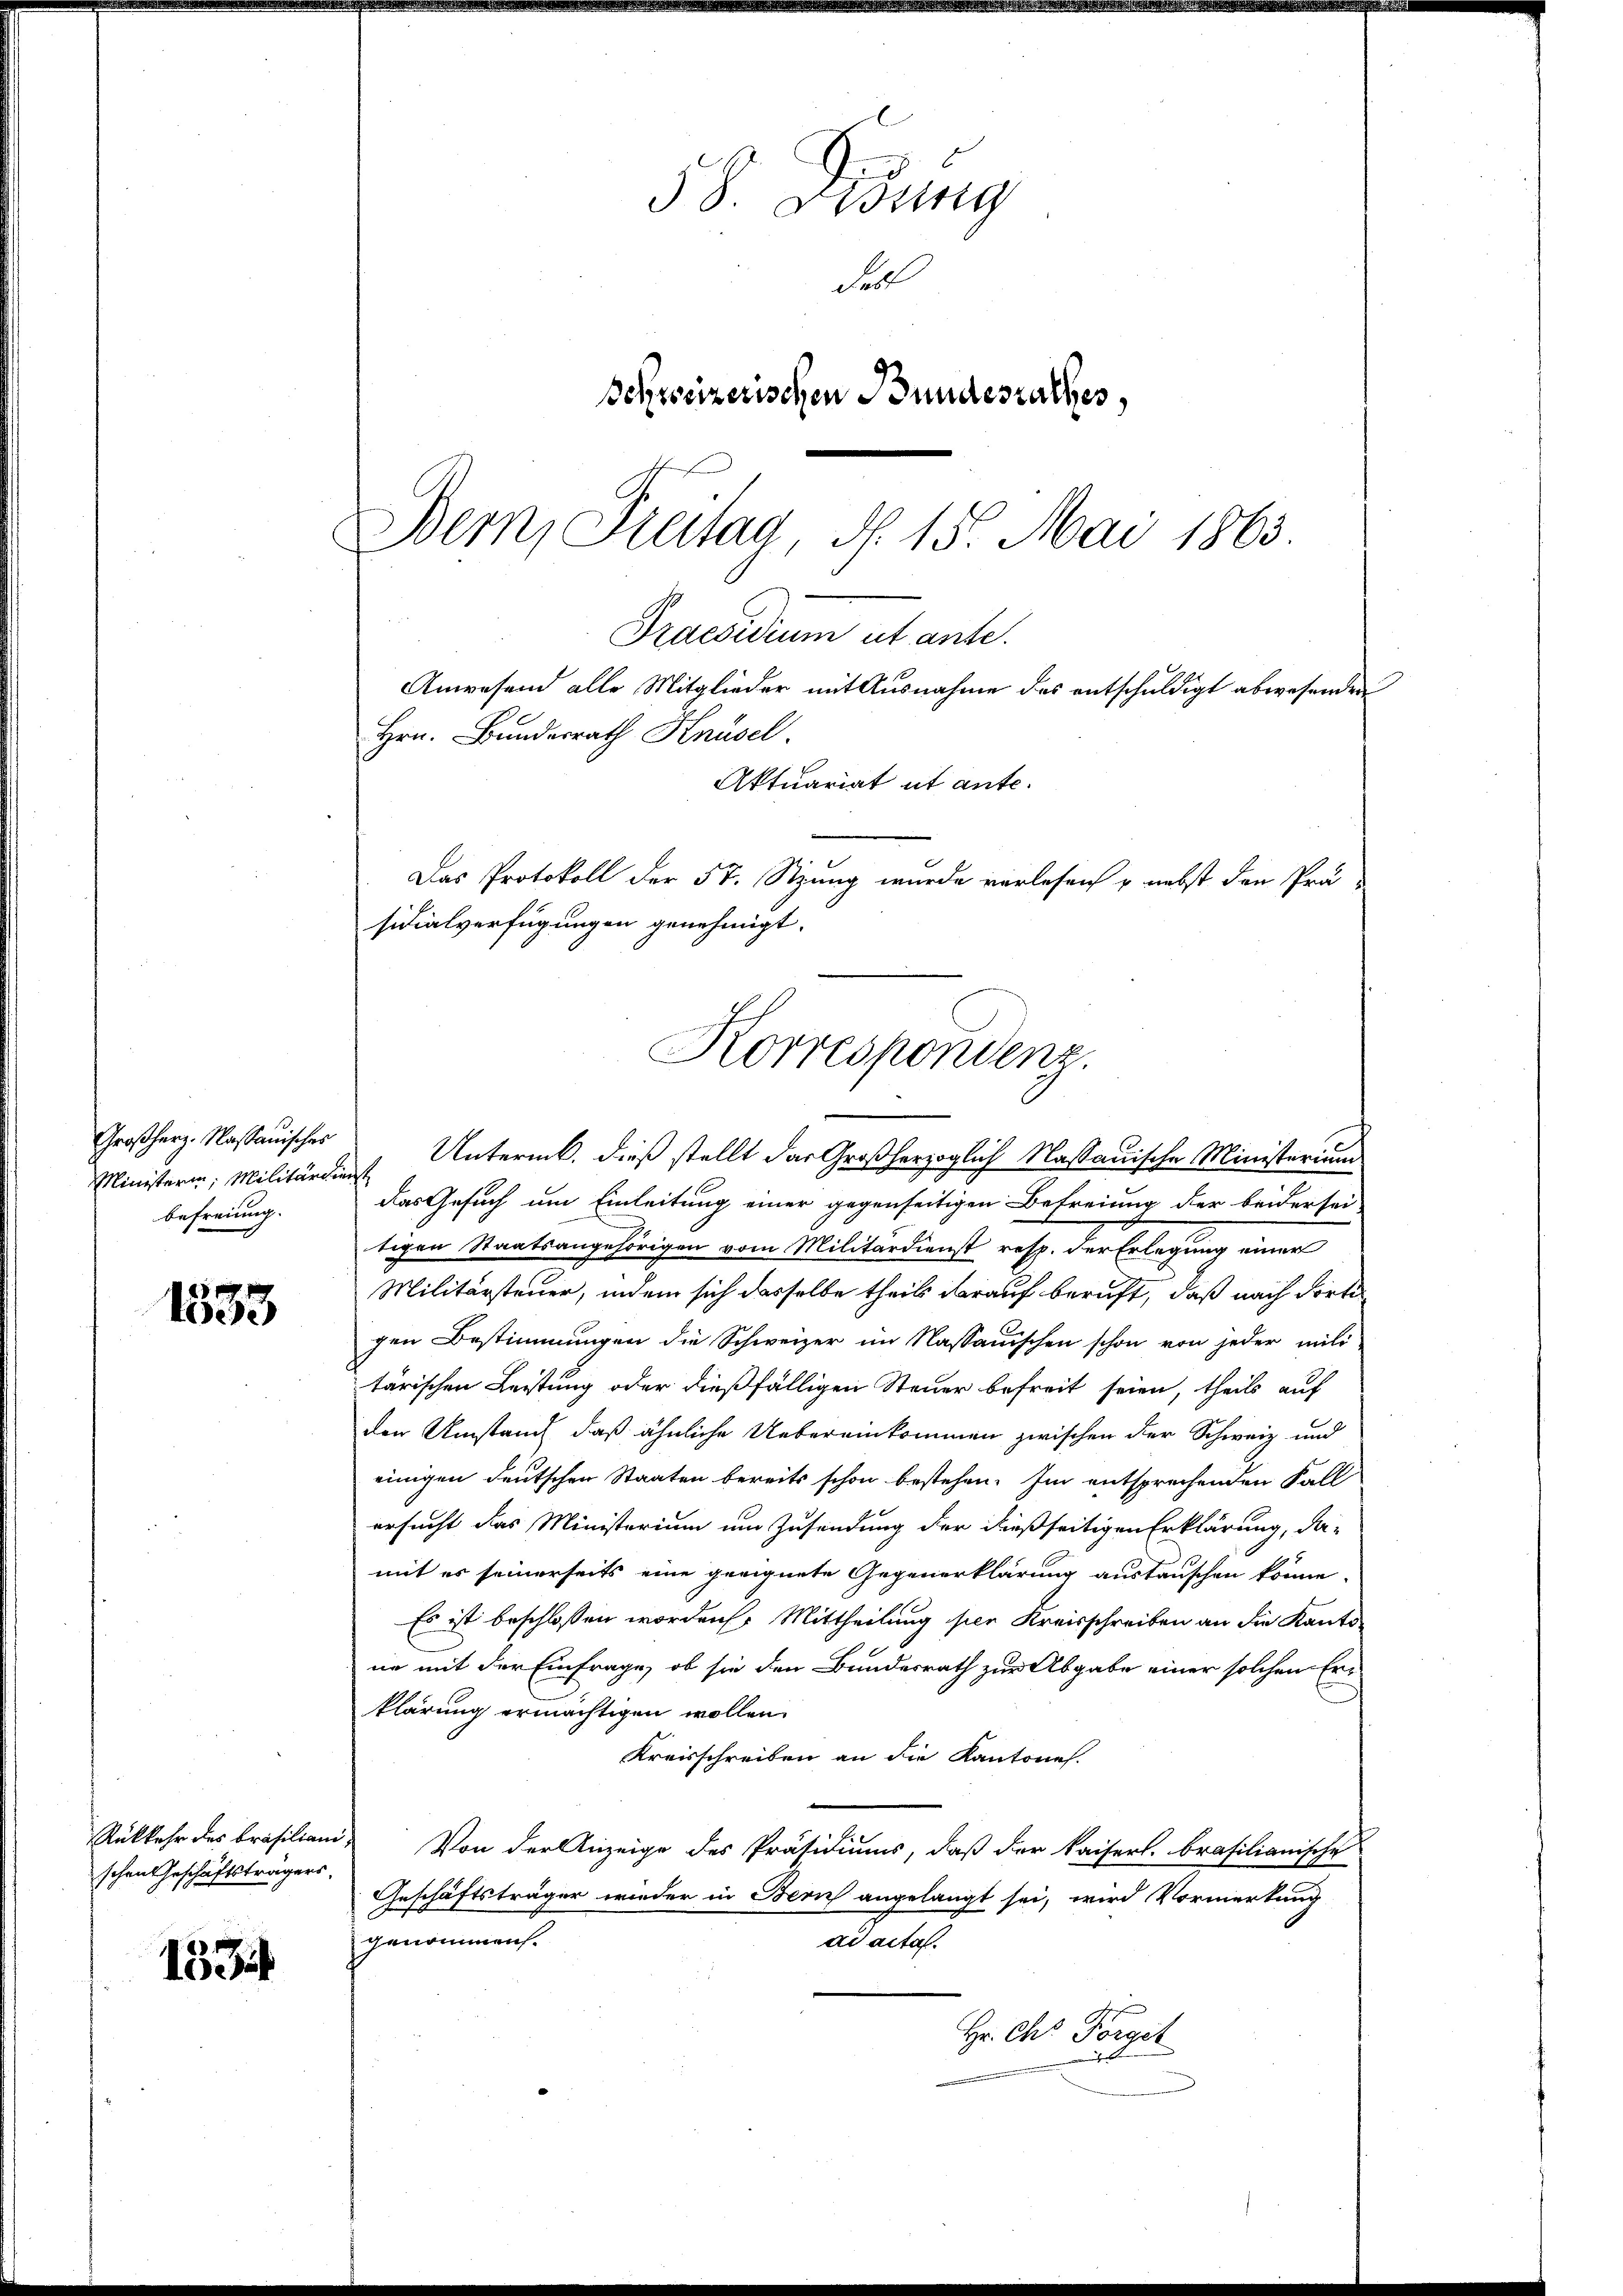
Großherz. Nassauisches
Ministerin, Militärdienst
befreiung.

1533

Rükkehr des Brasiliani
schen Geschäftsträgers.

15 Zif

58. Gesung
desl
Schweizerischen Bundesrathes,
Bern, Freitag, d. 15. Mai 1863.

Praesidium ut ante.
Anwesend alle Mitglieder mit Ausnahme des entschuldigt abwesenden
Hrn. Bundesrath Knüsel.
Aktuariat ut ante¬
Das Protokoll der 57. Stzung wurde verlesen u. nebst den Prä
sidialverfügungen genehmigt.
Korrespondenz.

Untermb. dieß stellt das Großherzoglich Nassauische Ministerium
das Gesuch um Einleitung einer gegenseitigen Befreiung der beider sei
tigen Staatsangehörigen vom Militärdienst resp. der Erlegung einer
Militärsteuer, indem sich dasselbe theils darauf beruft, daß nach dortis
gen Bestimmungen die Schweizer im Nassauischen schon von jeder mili
tärischen Leitung oder dießfälligen Steuer befreit seien, theils auf
den Umstand, daß ähnliche Uebereinkommen zwischen der Schweiz und
einigen deutschen Staaten bereits schon bestehen. Im entsprechenden Fall
ersucht das Ministerium um Zusendung der dießseitigen Erklärung, da-
mit es seinerseits eine geeignete Gegenerklärung austauschen könne.
Es ist beschlossen worden. Mittheilung hier Kreisschreiben an die Kanto
ne mit der Einfrage, ob sie den Bundesrath zur Abgabe einer solchen Erklärung ermächtigen wollen.
Kreisschreiben an die Kantone.
e
Von der Anzeige des Präsidiums, daß der kaiserl. brasilianische
Geschäftsträger wieder in Bern angelangt sei, wird Vormerkung
genommen.
ad acta.
Hr. Chr. Förget
h